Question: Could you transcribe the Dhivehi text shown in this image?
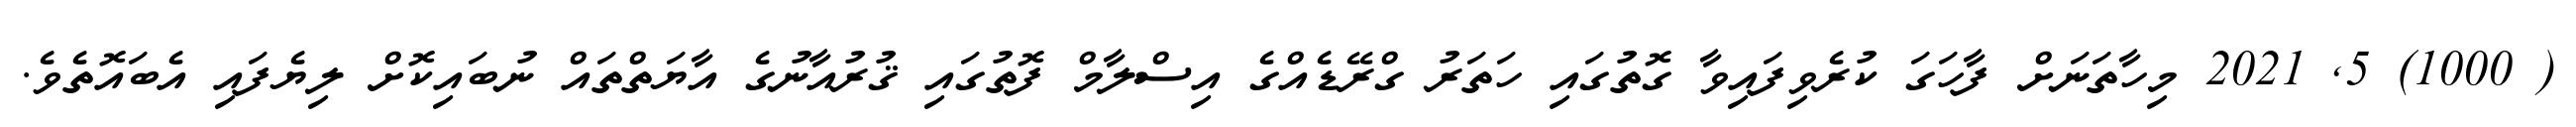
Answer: ( 1000) 5, 2021 މިހާތަނަށް ފާހަގަ ކުރެވިފައިވާ ގޮތުގައި ހަތަރު ގްރޭޑެއްގެ އިސްލާމް ފޮތުގައި ޤުރުއާނުގެ އާޔަތްތައް ނުބައިކޮށް ލިޔެފައި އެބައޮތެވެ.